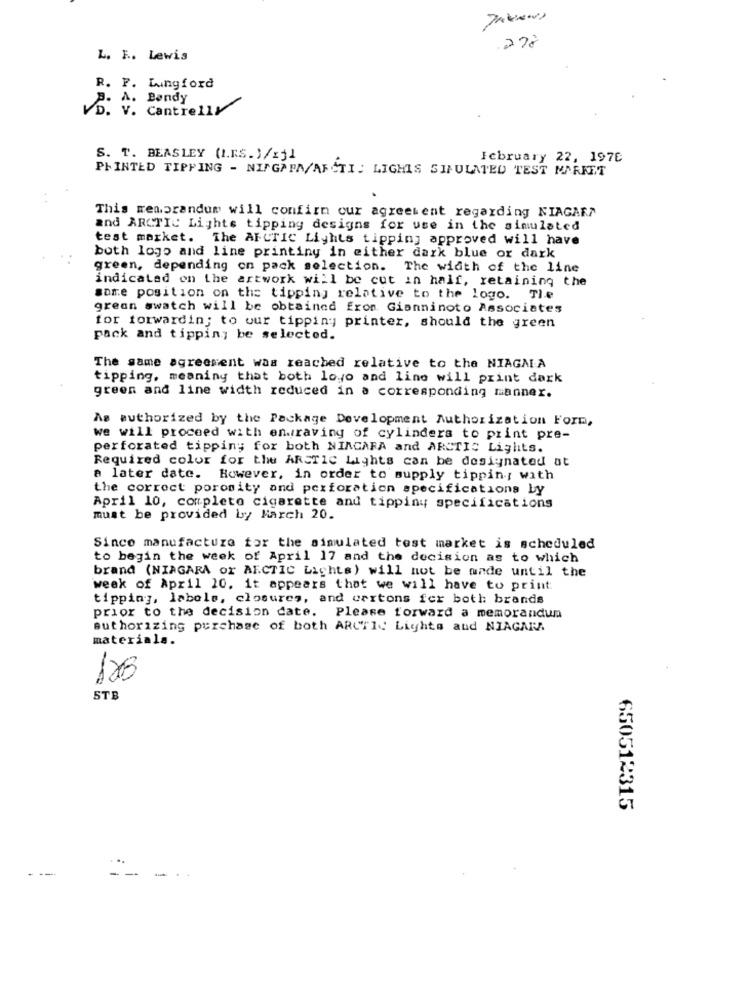
.278
L. F .. Lewis
R. F. Lungford
A. Bendy
VD. V. Cantrelly
S. T. BEASLEY (I.R.S.)/zj1
Icbruary 22, 1976
PRINTED TIPPING - NINGAPA/ARCTIC LIGHTS SIMULATED TEST MARKET
This memorandum will confirm our agreement regarding NIAGARA
and ARCTIC Lights tipping designs for use in the simulated
test market. The ARCTIC Lights tipping approved will have
both logo and line printing in either dark blue or dark
green, depending on pack selection. The width of the line
indicated on the artwork will be cut in half, retaining the
same position on the tipping relative to the logo. Tle
grean swatch will be obtained from Gianninoto Associates
for forwardin; to our tippiny printer, should the green
pack and tippin; be selected.
The same agreement was reached relative to the NIAGALA
tipping, meaning that both loyo and line will print dark
green and line width reduced in a corresponding manner.
As authorized by the Package Development Authorization Form,
we will proceed with engraving of cylinders to print pre-
perforated tipping for both NIAGARA and ARCTIC Lights.
Required color for the ARCTIC Lights can be designated at
a later date. However, in order to supply tippin; with
the correct porosity and perforation specifications by
April 10, completo cigarette and tippiny specifications
must be provided by March 20.
Since manufacture for the simulated test market is scheduled
to begin the week of April 17 and the decision as to which
brand (NIAGARA or ARCTIC Lights) will not be mnde until the
week of April 10. it appears that we will have to print
tipping, labels, closures, and cartons fer both brands
prior to the decision date. Please forward a memorandum
authorizing purchase of both ARCTIC Lights and NIAGARA
materials.
126
STB
650512315
-.